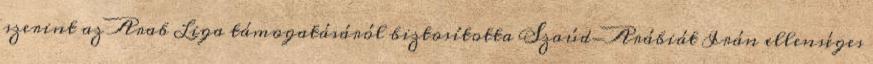
szerint az Arab Liga támogatásáról biztosította Szaúd-Arábiát Irán ellenséges